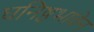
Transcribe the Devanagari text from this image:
घनिष्ठभावेन